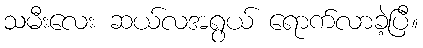
သမီးလေး ဆယ်လအရွယ် ရောက်လာခဲ့ပြီ။